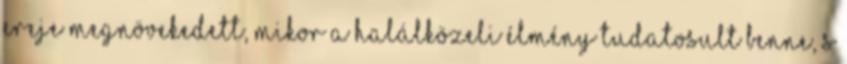
ereje megnövekedett, mikor a halálközeli élmény tudatosult benne, s